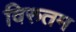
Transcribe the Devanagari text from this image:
विरुतम